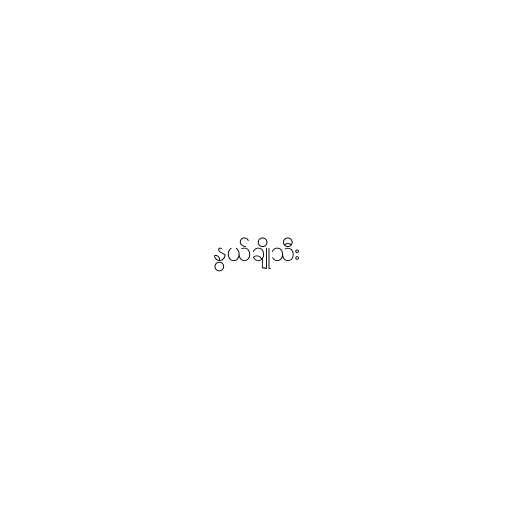
နွယ်ချိုသီး